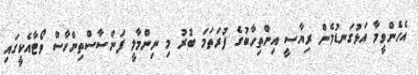
އެހެންވީމާ އަޅުގަނޑުމެން ރިޔާސީ އިންތިހާބުގެ ފުރަތަމަ ބުރު މި ނިންމާލީ ފަންސާސްތިންހާސް ވޯޓާއެކީގައި